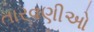
તારવણીઓ